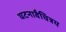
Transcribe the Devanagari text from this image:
घटनावैचित्रय